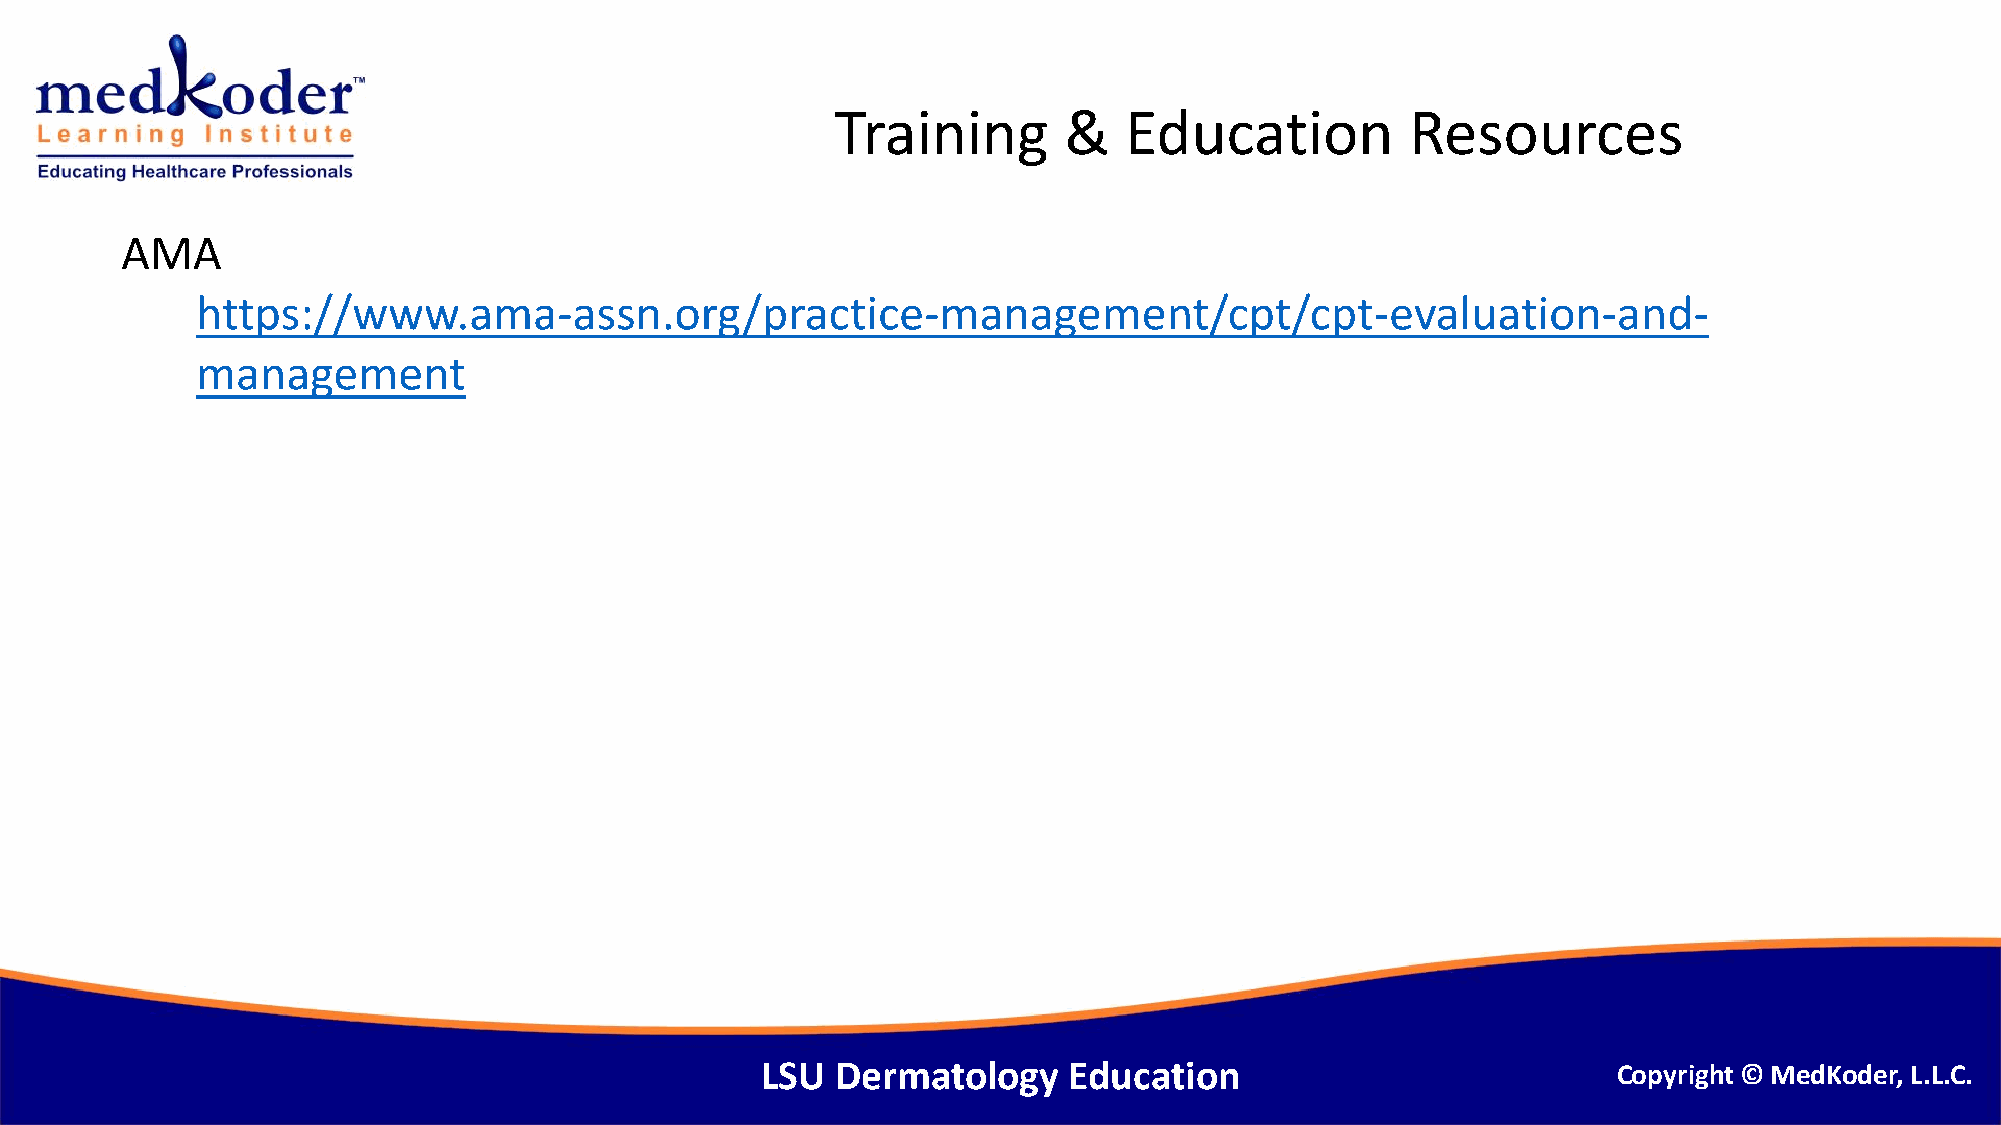
Training       &   Education          Resources
 AMA
 https://www.ama-assn.org/practice-management/cpt/cpt-evaluation-and-
 management
 LSU  Dermatology     Education                           Copyright © MedKoder, L.L.C.